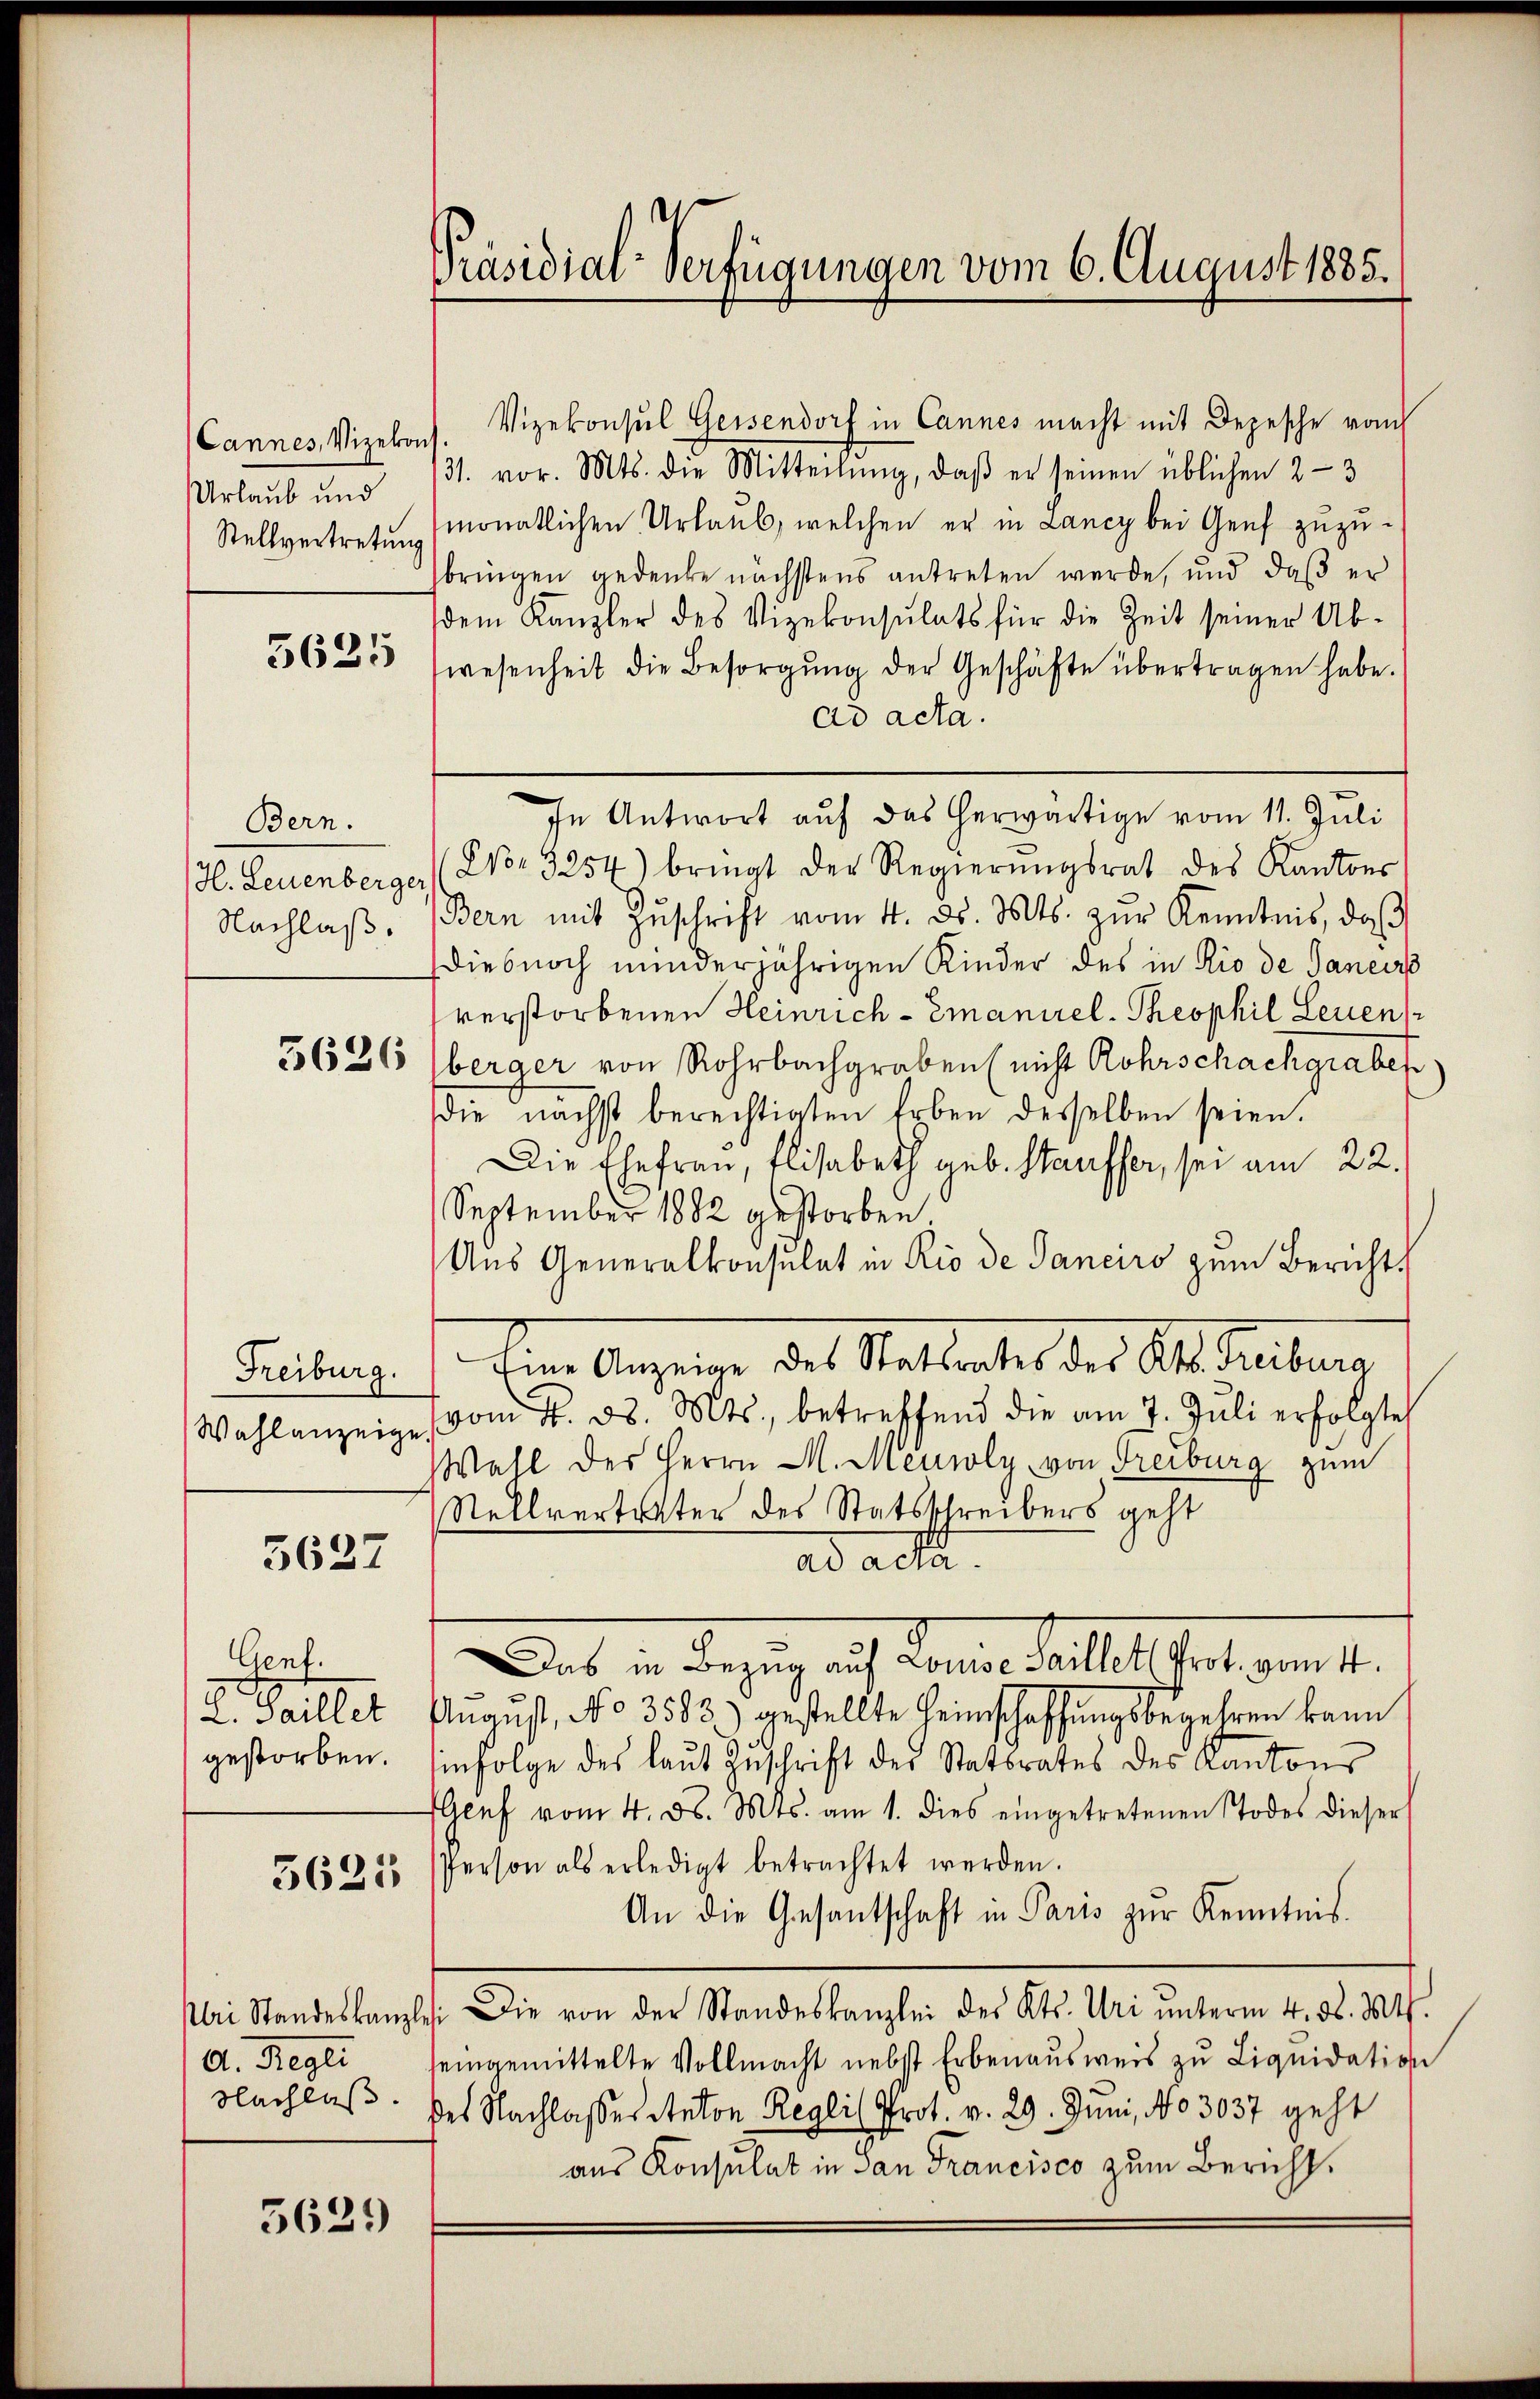
Urlaub und

Bern.

Freiburg.
Wahlanzeige.

5627

Genf.

5625

A. Regli

5639)

Cannes, Vizebach. Vizekonsul Geisendorf in Cannes macht mit Depesche vom
31. vor. Mts. die Mitteilŭng, daβ er seinen üblichen 2-3
Stellvertretŭng monatlichen Urlaŭb, welchen er in Lancy bei Genf zŭzŭ-
bringen gedenke nächstens antreten werde, und daβ er
dem Kanzler des Vizekonsulats für die Zeit seiner Ab-
365 (wesenheit die Besorgŭng der Geschäfte übertragen habe.
ad acta.
In Antwort auf das herwärtige vom 11. Juli
H. Leuenberge (Wor 3254) bringt der Regierŭngsrat des Kantons
Nachlaβ. (Bern mit Zŭschrift vom 4. ds. Mts. zŭr Kenntnis, daβ
Dies noch minderjährigen Kinder des in Rio de Janeir
verstorbenen Heinrich - Emanuel-Theophil Leuen
3626 (berger von Rohrbachgraben (nicht Rohrschachgrabes
die nächst berechtigten Erben desselben seien.
Die Ehefrau, Elisabeth geb. Stauffer, sei am 22.
September 1882 gestorben
Aus Generalkonsulat in Rio de Janeiro zum Bericht
em Augen des Stattetes der Alt Seiten
vom 4. d. Mts., betreffend die am 7. Juli erfolgte
Wahl des Herrn M. Meuroly von Freiburg zum
Stellvertreter des Statsschreibers geht
ad acta.
Das in Bezug auf Louise Saillet (Prot. vom 4.
L. Saillet Anaŭs, No 3583) gestellte Heimschaffungsbegehren kann
gestorben. Einfolge des laut Zuschrift der Statsrates des Kantons
Genf vom 4. d. Mts. am 1. dies eingetretenen Todes dieser
Person als erledigt betrachtet werden.
An die Gesantschaft in Paris zŭr Kenntnis.
Uri Standeskanzlei Die von der Standeskanzlei des Kts. Uri ŭnterm 4. d. 304.
seingemittelte Vollmacht nebst Erbenausweis zu Liquidation
Nachlaß. des Nachlasses Anton Regli Prot. v. 29. Juni, No 3037 geht
aus Konsulat in San Francisco zum Bericht.

Präsidial-Verfügungen vom 6. August 1885.